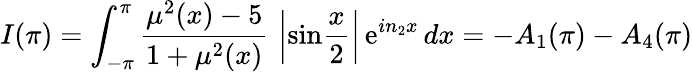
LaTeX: I(\pi)=\int_{-\pi}^{\pi}{\frac{\mu^{2}(x)-5}{1+\mu^{2}(x)}}\, \left|\mathrm{sin}{\frac{x}{2}}\right|\, \mathrm{e}^{in_{2}x}\, dx=-A_{1}(\pi)-A_{4}(\pi)